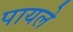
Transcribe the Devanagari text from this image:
पायले